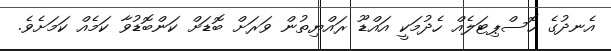
އެނދުގެ ހޮސްޕިޓަލެއް ހެދުމަކީ އައްޑޫ ރައްޔިތުން ވަރަށް ބޮޑަށް ކަންބޮޑުވާ ކަމެއް ކަމަށެވެ.